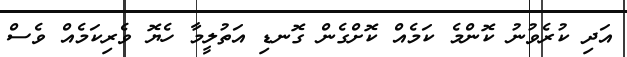
އަދި ކުރެވުނު ކޮންމެ ކަމެއް ކޮށްގެން ގޮނޑި އަތުލީމާ ހެޔޮ ވެރިކަމެއް ވެސް